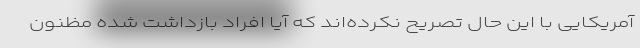
آمریکایی با این حال تصریح نکرد‌ه‌اند که آیا افراد بازداشت شده مظنون